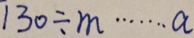
1 3 0 \div m \cdots a